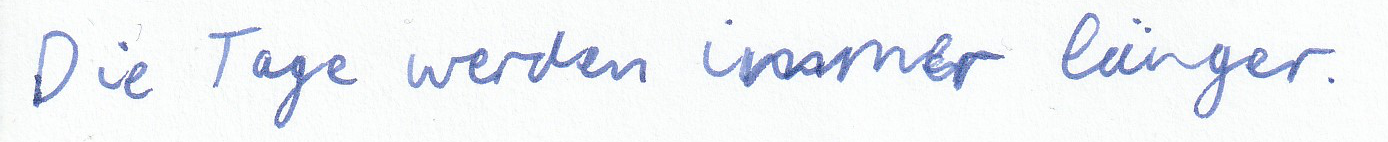
Die Tage werden immer länger.